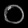
Digit: ၀